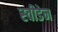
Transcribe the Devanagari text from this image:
स्‍वीडेन